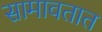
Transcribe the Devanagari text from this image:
सामावतात